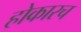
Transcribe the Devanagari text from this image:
होकारच